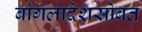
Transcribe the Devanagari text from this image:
बांगलादेशसोबत